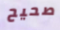
صحيح